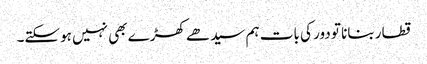
قطار بنانا تو دور کی بات ہم سیدھے کھڑے بھی نہیں ہوسکتے۔